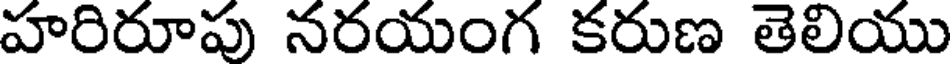
హరిరూపు నరయంగ కరుణ తెలియు